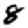
Digit: 8